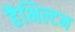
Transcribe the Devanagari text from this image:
हैभिल्टन